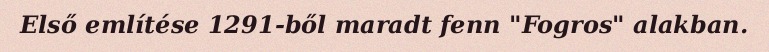
Első említése 1291-ből maradt fenn "Fogros" alakban.